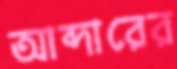
আব্দারের